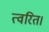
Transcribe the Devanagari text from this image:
त्वरित।